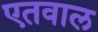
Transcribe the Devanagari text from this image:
एतवाल